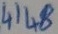
Text: 4148